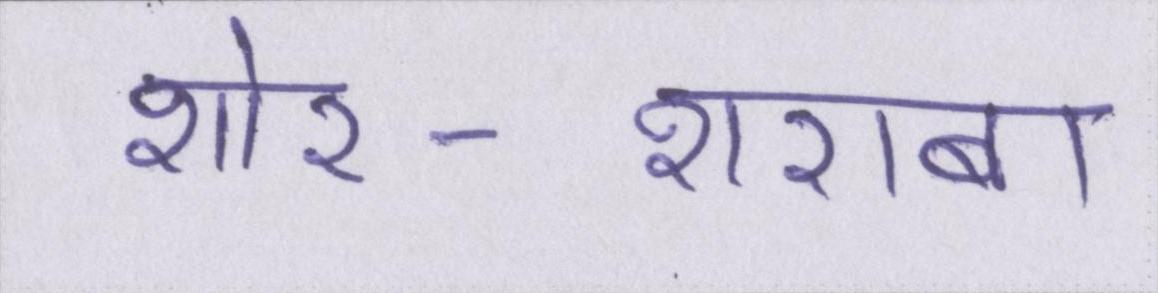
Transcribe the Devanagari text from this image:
शोर-शराबा